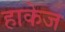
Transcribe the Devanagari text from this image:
हाकेज